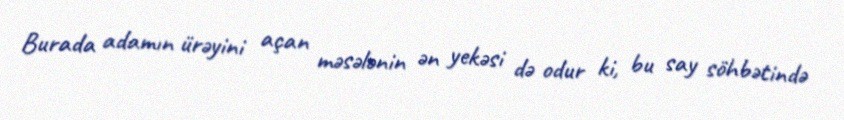
Burada adamın ürəyini açan məsələnin ən yekəsi də odur ki, bu say söhbətində